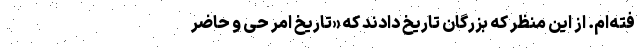
فته‌ام. از این منظر که بزرگان تاریخ‌ دادند که «تاریخ امر حی و حاضر